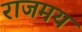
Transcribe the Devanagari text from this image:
राजमय